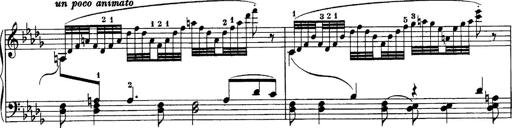
Title: Sonatina No.6
Composer: Ferruccio Busoni